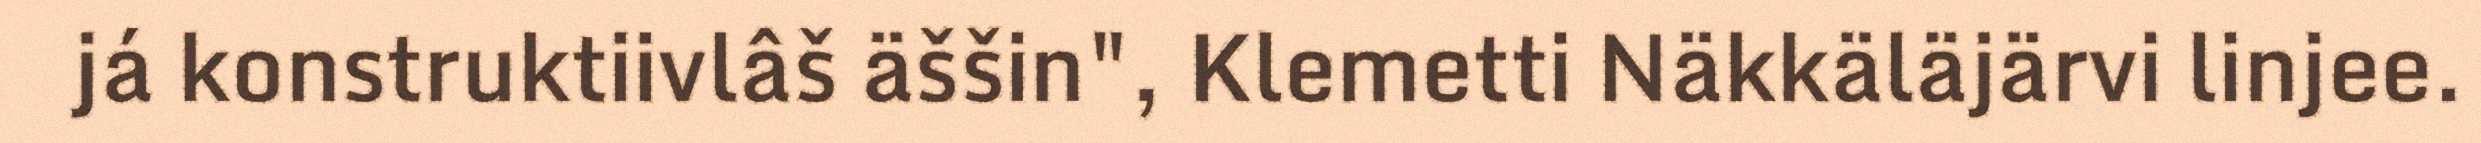
já konstruktiivlâš äššin", Klemetti Näkkäläjärvi linjee.